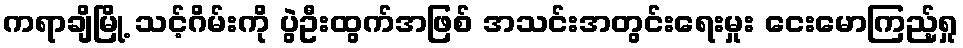
ကရာချိမြို့ သင့်ဂိမ်းကို ပွဲဦးထွက်အဖြစ် အသင်းအတွင်းရေးမှုး ငေးမောကြည့်ရှု